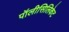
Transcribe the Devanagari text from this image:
पॉलीसिलिकेट